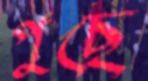
পুছে